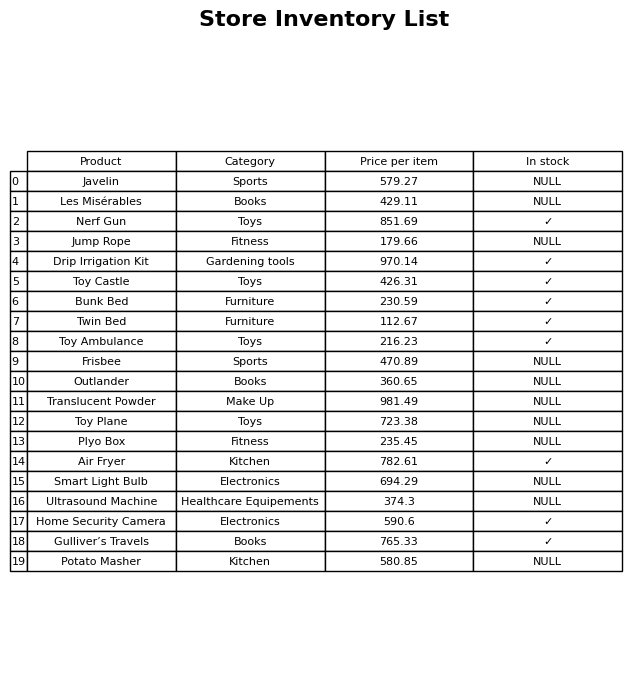
question: What is the price for Air Fryer?
answer: The price of Air Fryer is 782.61.